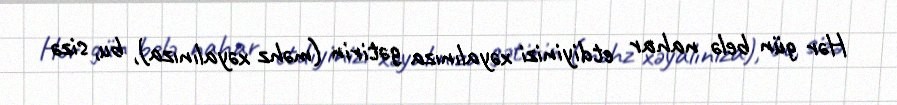
Hər gün belə nahar etdiyinizi xəyalınıza gətirin (məhz xəyalınıza), bu, sizə